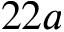
2 2 a